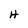
Character: H